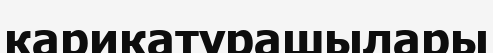
карикатурашылары